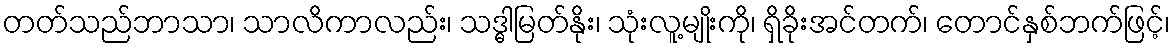
တတ်သည်ဘာသာ၊ သာလိကာလည်း၊ သဒ္ဓါမြတ်နိုး၊ သုံးလူ့မျိုးကို၊ ရှိခိုးအင်တက်၊ တောင်နှစ်ဘက်ဖြင့်၊